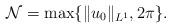
LaTeX: \begin{align*}\mathcal{N}=\max\{\|u_0\|_{L^1},2\pi\}.\end{align*}